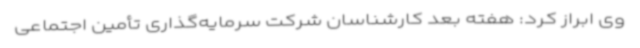
وی ابراز کرد: هفته بعد کارشناسان شرکت سرمایه‌گذاری تأمین اجتماعی